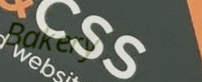
Bakery